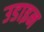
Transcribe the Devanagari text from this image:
उडाइन